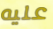
عليه